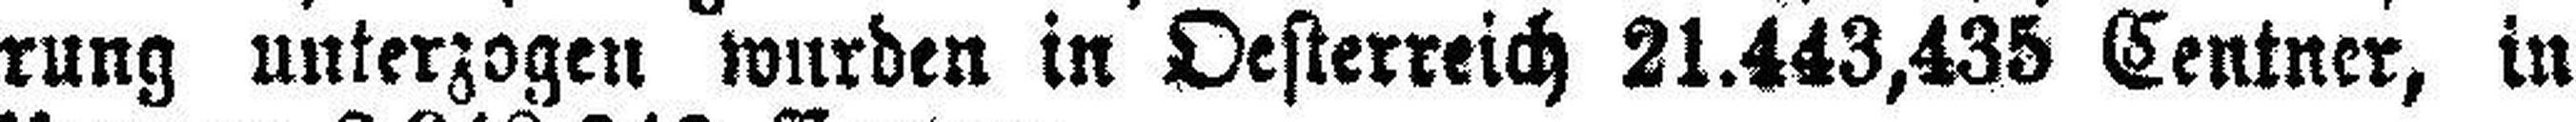
rung unterzogen wurden in Oesterreich 21.443,435 Centner, in